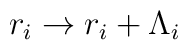
r_i \rightarrow r_i + \Lambda_i